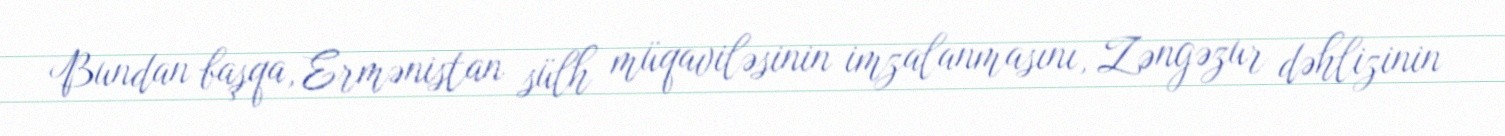
Bundan başqa, Ermənistan sülh müqaviləsinin imzalanmasını, Zəngəzur dəhlizinin